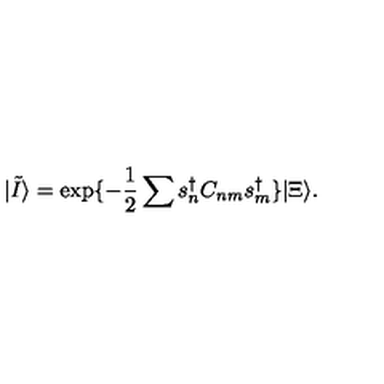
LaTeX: | \tilde { I } \rangle = \exp \{ - \frac 1 2 \sum s _ { n } ^ { \dag } C _ { n m } s _ { m } ^ { \dag } \} | \Xi \rangle .